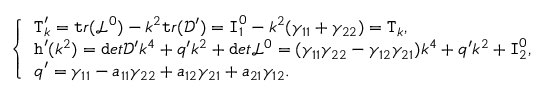
\left\{ \begin{array} { l l } { \texttt T _ { k } ^ { \prime } = \texttt t r ( { \mathcal L ^ { 0 } } ) - k ^ { 2 } \texttt t r ( \mathcal D ^ { \prime } ) = \texttt I _ { 1 } ^ { 0 } - k ^ { 2 } ( \gamma _ { 1 1 } + \gamma _ { 2 2 } ) = \texttt T _ { k } , } \\ { \texttt h ^ { \prime } ( k ^ { 2 } ) = \texttt d e t \mathcal D ^ { \prime } k ^ { 4 } + q ^ { \prime } k ^ { 2 } + \texttt d e t { \mathcal L ^ { 0 } } = ( \gamma _ { 1 1 } \gamma _ { 2 2 } - \gamma _ { 1 2 } \gamma _ { 2 1 } ) k ^ { 4 } + q ^ { \prime } k ^ { 2 } + \texttt I _ { 2 } ^ { 0 } , } \\ { q ^ { \prime } = \gamma _ { 1 1 } - a _ { 1 1 } \gamma _ { 2 2 } + a _ { 1 2 } \gamma _ { 2 1 } + a _ { 2 1 } \gamma _ { 1 2 } . } \end{array} \right.